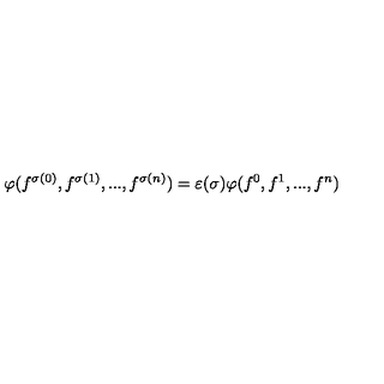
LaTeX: \varphi ( f ^ { \sigma ( 0 ) } , f ^ { \sigma ( 1 ) } , . . . , f ^ { \sigma ( n ) } ) = \varepsilon ( \sigma ) \varphi ( f ^ { 0 } , f ^ { 1 } , . . . , f ^ { n } )